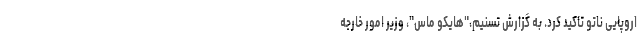
اروپایی ناتو تاکید کرد. به گزارش تسنیم،"هایکو ماس"، وزیر امور خارجه